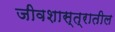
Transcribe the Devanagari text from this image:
जीवशास्त्रातील